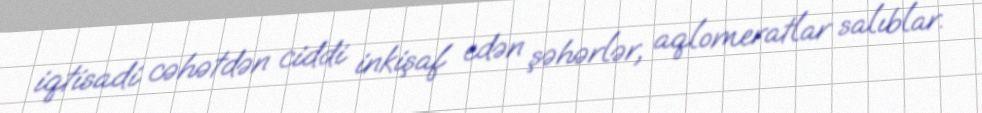
iqtisadi cəhətdən ciddi inkişaf edən şəhərlər, aqlomeratlar salıblar.